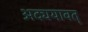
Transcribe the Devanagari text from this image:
अद्ययावत्